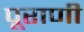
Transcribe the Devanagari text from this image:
पूराणी